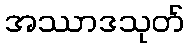
အဿာဒသုတ်